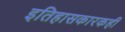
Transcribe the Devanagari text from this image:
इतिहासकारकही